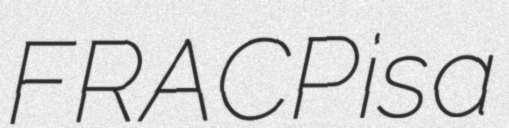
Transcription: FRACP is a